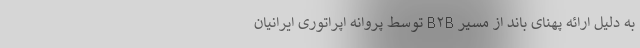
به دلیل ارائه پهنای باند از مسیر B۲B توسط پروانه اپراتوری ایرانیان